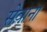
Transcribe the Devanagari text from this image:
सेवाना